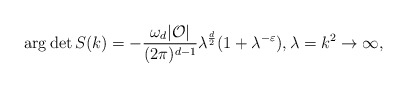
\begin{align*}\arg \det S(k)=- \frac{\omega_d|\mathcal O|}{(2\pi)^{d-1}}\lambda^{\frac d 2}(1+\lambda^{-\varepsilon}), \lambda=k^2\to\infty,\end{align*}